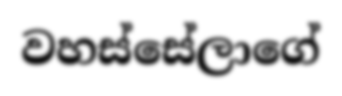
වහස්සේලාගේ